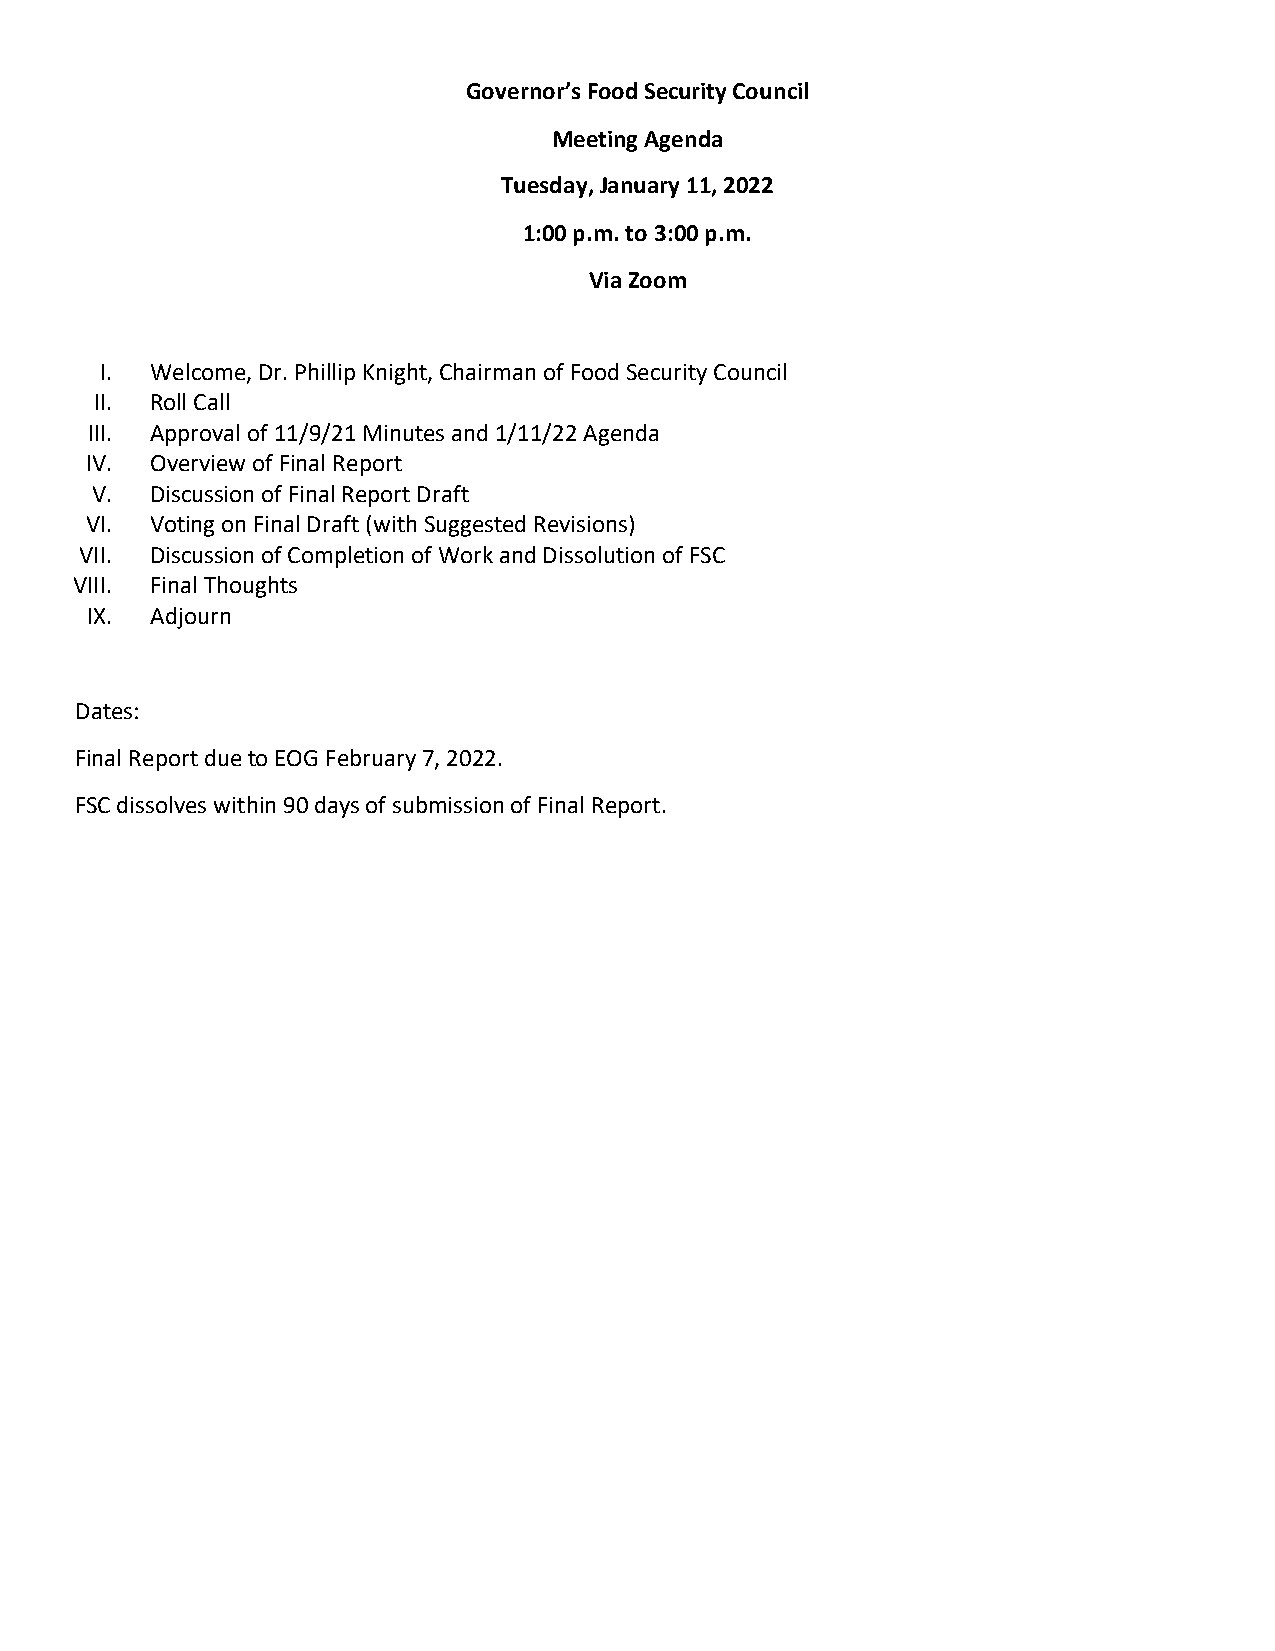
Governor’s Food Security Council
 Meeting Agenda
 Tuesday, January 11, 2022
 1:00 p.m. to 3:00 p.m.
 Via Zoom
 I. Welcome, Dr. Phillip Knight, Chairman of Food Security Council
 II. Roll Call
 III. Approval of 11/9/21 Minutes and 1/11/22 Agenda
 IV. Overview of Final Report
 V.  Discussion of Final Report Draft
 VI. Voting on Final Draft (with Suggested Revisions)
 VII. Discussion of Completion of Work and Dissolution of FSC
 VIII. Final Thoughts
 IX. Adjourn
 Dates:
 Final Report due to EOG February 7, 2022.
 FSC dissolves within 90 days of submission of Final Report.